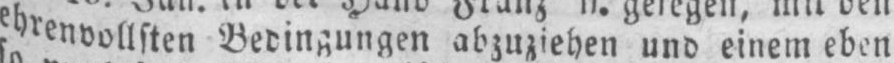
ehrenvollsten Bedingungen abzuziehen und einem eben